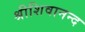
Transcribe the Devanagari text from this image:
श्रीशिवानन्द